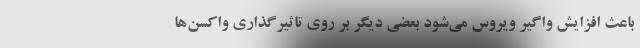
باعث افزایش واگیر ویروس می‌شود بعضی دیگر بر روی تاثیرگذاری واکسن‌ها